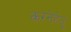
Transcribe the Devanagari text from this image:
करनेहेतु